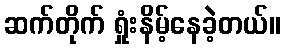
ဆက်တိုက် ရှုံးနိမ့်နေခဲ့တယ်။